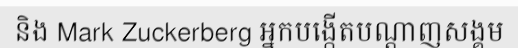
និង Mark Zuckerberg អ្នកបង្កើតបណ្តាញសង្គម